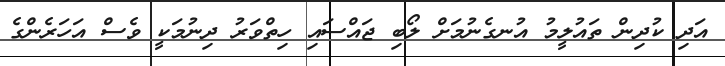
އަދި ކުދިން ތައުލީމު އުނގެނުމަށް ލޯބި ޖައްސައި ހިތްވަރު ދިނުމަކީ ވެސް އަހަރެންގެ